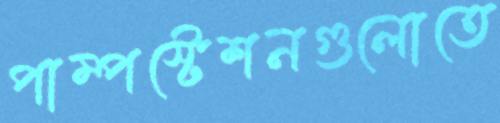
পাম্পস্টেশনগুলোতে